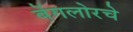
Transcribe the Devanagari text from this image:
बेंगलोरचे